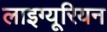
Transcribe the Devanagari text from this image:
लाइग्यूरियन